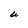
Character: U